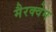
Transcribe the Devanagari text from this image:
मैरक्वेम